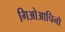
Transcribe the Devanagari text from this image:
गिओआचिनो